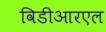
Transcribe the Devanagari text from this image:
विडीआरएल